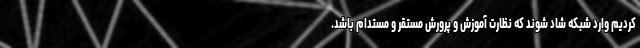
کردیم وارد شبکه شاد شوند که نظارت آموزش و پرورش مستقر و مستدام باشد.